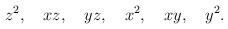
LaTeX: \begin{align*}z^2, \quad xz, \quad yz, \quad x^2, \quad xy, \quad y^2.\end{align*}